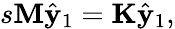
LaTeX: s\mathbf{M}\hat{\mathbf{y}}_{1}=\mathbf{K}\hat{\mathbf{y}}_{1},